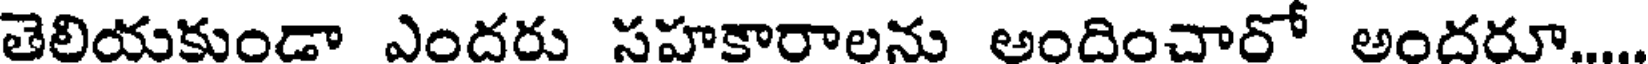
తెలియకుండా ఎందరు సహకారాలను అందించారో అందరూ....